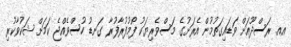
އއ. ރަސްދޫއަށް ވަޑައިގަތުމުން އެރަށުގެ މަސްވެރިޔަކު ފޯމުފުރާފުރާ ގަނޑު ހުސްވެއްޖެ ކަމަށް ޝަކުވާކުރި